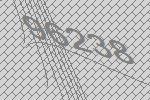
96238